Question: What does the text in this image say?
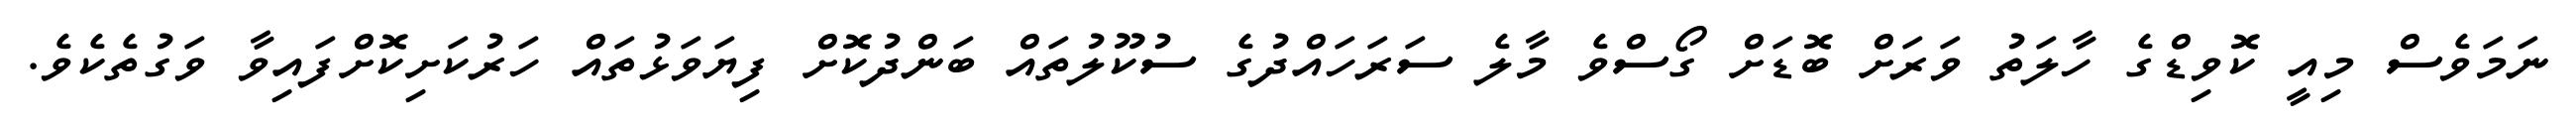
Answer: ނަމަވެސް މިއީ ކޮވިޑްގެ ހާލަތު ވަރަށް ބޮޑަށް ގޯސްވެ މާލެ ސަރަހައްދުގެ ސުކޫލުތައް ބަންދުކޮށް ފިޔަވަޅުތައް ހަރުކަށިކޮށްފައިވާ ވަގުތެކެވެ.